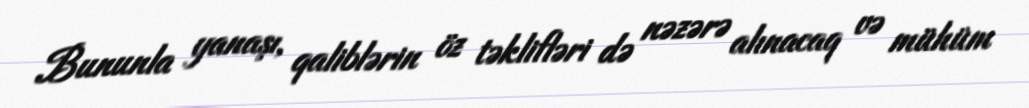
Bununla yanaşı, qaliblərin öz təklifləri də nəzərə alınacaq və mühüm